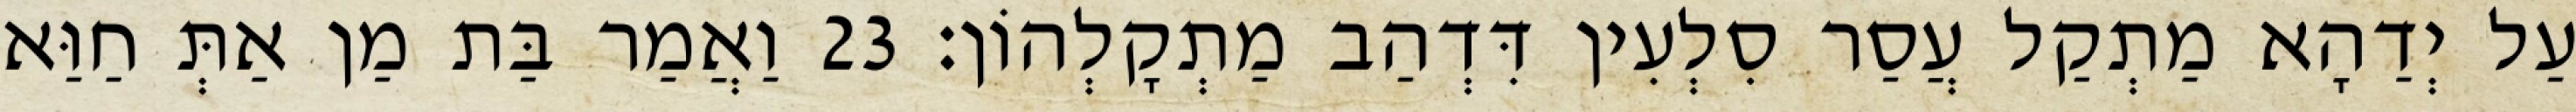
עַל יְדַהָא מַתְקַל עֲסַר סִלְעִין דִּדְהַב מַתְקָלְהוֹן׃ 23 וַאֲמַר בַּת מַן אַתְּ חַוַּא